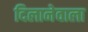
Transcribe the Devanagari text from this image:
दिलानेवाला